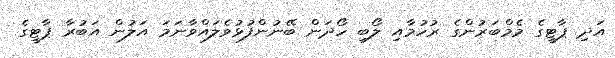
އަދި ޕާޓީގެ މެމްބަރުންގެ ރުހުމާއި ލޯބި ހޯދަން ބޭނުންފުޅުވެލައްވާނަމަ އަލުން އަބުރާ ޕާޓީގެ